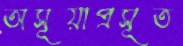
অসূয়াপ্রসূত